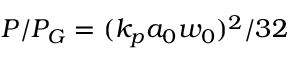
P / P _ { G } = ( k _ { p } a _ { 0 } w _ { 0 } ) ^ { 2 } / 3 2